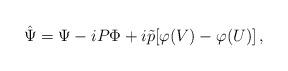
LaTeX: \begin{align*}\hat\Psi=\Psi-iP\Phi +i\tilde p[\varphi(V)-\varphi(U)]\,,\end{align*}